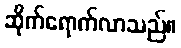
ဆိုက်ရောက်လာသည်။